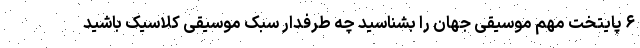
۶ پایتخت‌ مهم موسیقی جهان را بشناسید چه طرفدار سبک موسیقی کلاسیک باشید